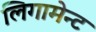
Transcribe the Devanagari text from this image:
लिगामेन्ट